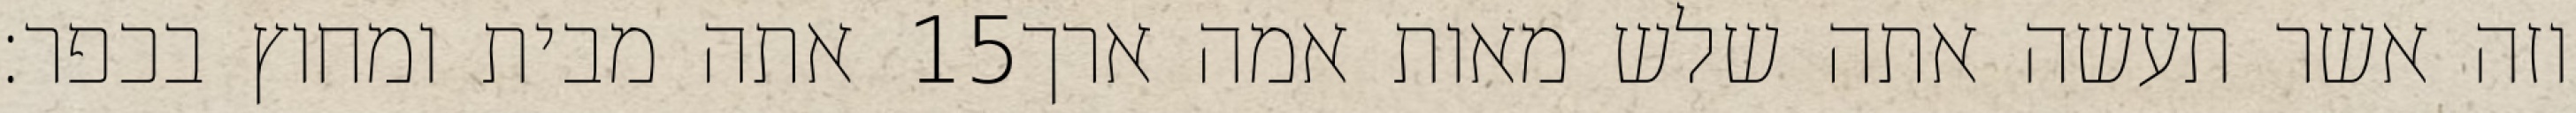
אתה מבית ומחוץ בכפר׃ ‎15‏ וזה אשר תעשה אתה שלש מאות אמה ארך